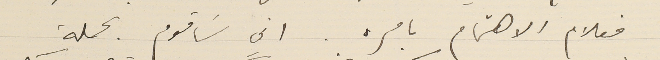
فعلام الاهتمام بامره . اني سَاقوم بحملة